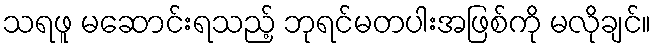
သရဖူ မဆောင်းရသည့် ဘုရင်မတပါးအဖြစ်ကို မလိုချင်။